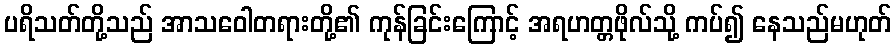
ပရိသတ်တို့သည် အာသဝေါတရားတို့၏ ကုန်ခြင်းကြောင့် အရဟတ္တဖိုလ်သို့ ကပ်၍ နေသည်မဟုတ်